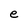
Character: e